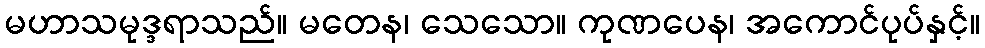
မဟာသမုဒ္ဒရာသည်။ မတေန၊ သေသော။ ကုဏပေန၊ အကောင်ပုပ်နှင့်။